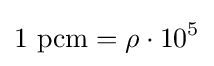
1~{\text{pcm}}=\rho \cdot 10^{5}